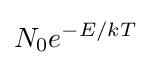
N_{0}e^{-E/kT}